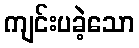
ကျင်းပခဲ့သော